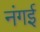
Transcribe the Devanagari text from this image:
नंगई